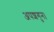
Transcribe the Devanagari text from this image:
अपशगुन।